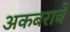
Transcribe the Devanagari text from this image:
अकबराचे